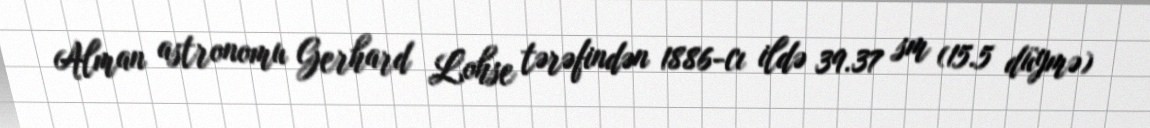
Alman astronomu Gerhard Lohse tərəfindən 1886-cı ildə 39.37 sm (15.5 düymə)